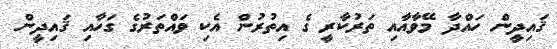
ޤައިދީން ހައްދާ މޭވާއާއި ތަރުކާރީ ގެ އިތުރުން އެކި ވައްތަރުގެ ގަހާއި ޤައިދީން